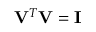
\mathbf { V } ^ { T } \mathbf { V } = \mathbf { I }